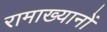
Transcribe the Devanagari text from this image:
रामाख्यानों